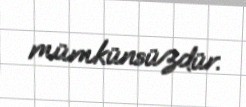
mümkünsüzdür.